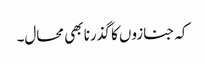
کہ جنازوں کا گذرنا بھی محال۔